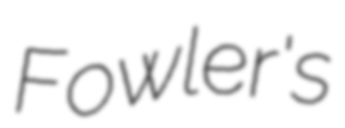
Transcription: Fowler's